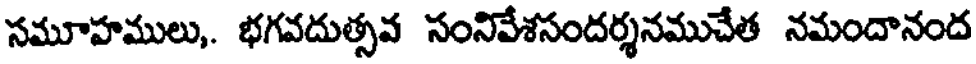
సమూహములు,. భగవదుత్సవ సంనివేశసందర్శనముచేత నమందానంద